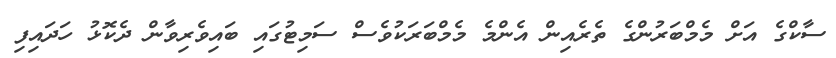
ސާކްގެ އަށް މެމްބަރުންގެ ތެރެއިން އެންމެ މެމްބަރަކުވެސް ސަމިޓުގައި ބައިވެރިވާން ދެކޮޅު ހަދައިފި